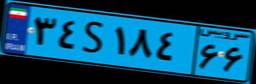
۷۲S۳۲۹۳۸